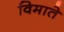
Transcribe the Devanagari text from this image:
विमाते